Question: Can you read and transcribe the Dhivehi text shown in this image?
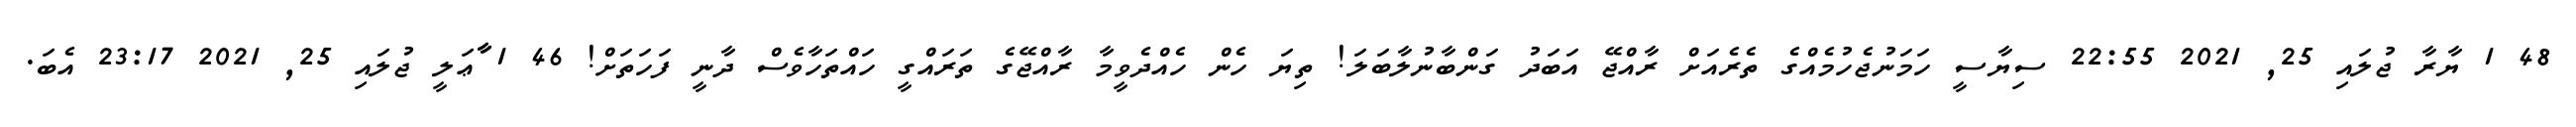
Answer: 48 1 ޔާރާ ޖުލައި 25, 2021 22:55 ސިޔާސީ ހަމަނުޖެހުމެއްގެ ތެރެއަށް ރާއްޖޭ އަބަދު ގަންބާނުލާބަލަ! ތިޔަ ހެން ހެއްދެވީމާ ރާއްޖޭގެ ތަރައްގީ ހައްތަހާވެސް ދާނީ ފަހަތަށް! 46 1 ާާާޢަލީ ޖުލައި 25, 2021 23:17 އެބަ.